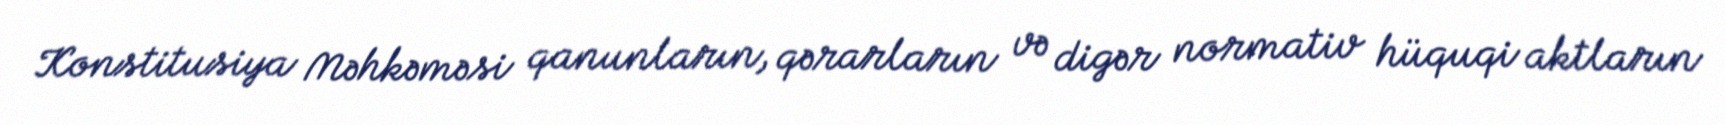
Konstitusiya Məhkəməsi qanunların, qərarların və digər normativ hüquqi aktların